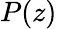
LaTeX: P(z)